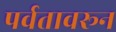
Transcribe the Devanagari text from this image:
पर्वतावरून